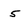
Character: 5